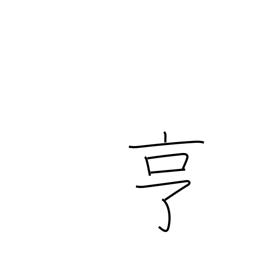
Meaning: go smoothly